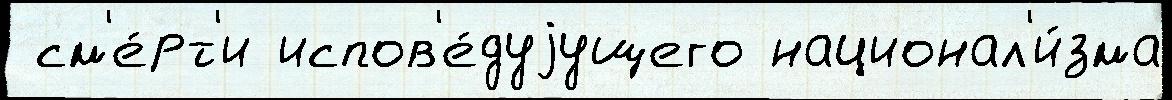
 см'е́рт'и испов'е́дуjущего национал'и́зма